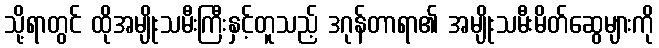
သို့ရာတွင် ထိုအမျိုးသမီးကြီးနှင့်တူသည့် ဒဂုန်တာရာ၏ အမျိုးသမီးမိတ်ဆွေများကို